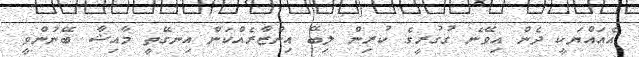
އެއައްޔަކީ ދެން އިވޭނެ ގުގުރީގެ ކުރިން ލިބޭ އިންޒާރެއްކަން އިނގޭތީ މާއިޝާ ބޭނުންވީ